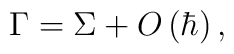
\Gamma =\Sigma +O\left( \hbar \right) ,